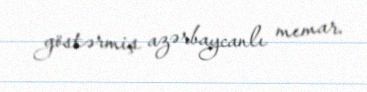
göstərmiş azərbaycanlı memar.